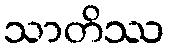
သာတိဿ